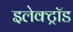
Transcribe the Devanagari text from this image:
इलेक्ट्रॉड